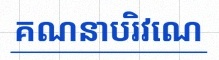
គណនាបរិវេណ